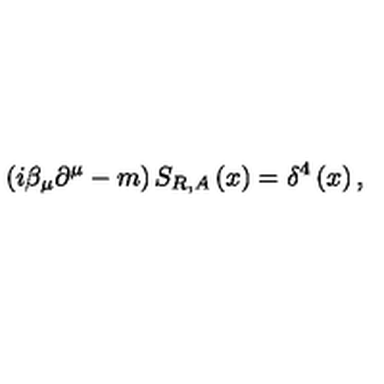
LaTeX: \left( i \beta _ { \mu } \partial ^ { \mu } - m \right) S _ { R , A } \left( x \right) = \delta ^ { 4 } \left( x \right) ,